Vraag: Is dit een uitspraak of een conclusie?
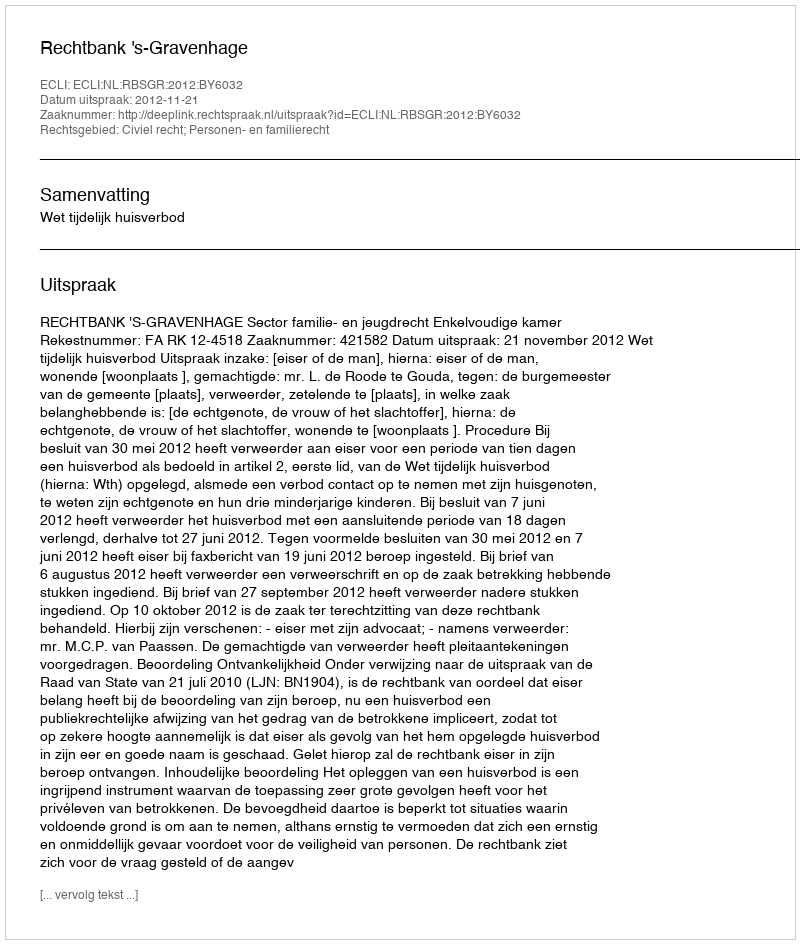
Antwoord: Uitspraak